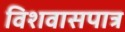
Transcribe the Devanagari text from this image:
विशवासपात्र